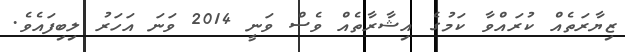
ޒިޔާރަތެެއް ކުރައްވާ ކަމުގެ އިޝާރާތެއް ވެސް ވަނީ 2014 ވަނަ އަހަރު ލިބިފައެވެ.